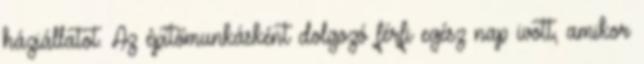
háziállatot. Az építőmunkásként dolgozó férfi egész nap ivott, amikor